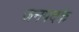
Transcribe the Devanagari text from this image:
जनपदके